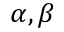
\alpha , \beta